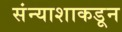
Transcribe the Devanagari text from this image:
संन्याशाकडून